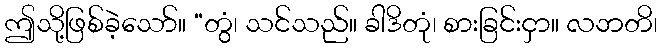
ဤသို့ဖြစ်ခဲ့သော်။ “တွံ၊ သင်သည်။ ခါဒိတုံ၊ စားခြင်းငှာ။ လဘတိ၊